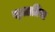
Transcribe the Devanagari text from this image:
ख्आतिया